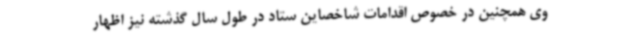
وی همچنین در خصوص اقدامات شاخصاین ستاد در طول سال گذشته نیز اظهار